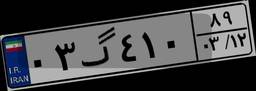
۶۰گ۰۳۴۸۸